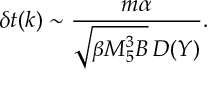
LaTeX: \delta t ( k ) \sim { \frac { m \alpha } { \sqrt { \beta M _ { 5 } ^ { 3 } B } \, D ( Y ) } } .